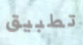
تطبيق